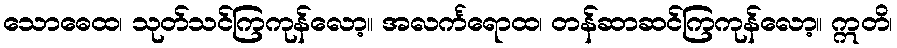
သောဓေထ၊ သုတ်သင်ကြကုန်လော့။ အလင်္ကရောထ၊ တန်ဆာဆင်ကြကုန်လော့။ ဣတိ၊